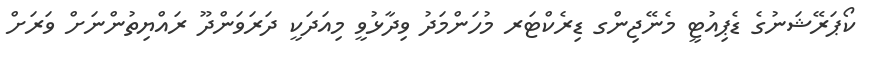
ކޯޕަރޭޝަނުގެ ޑެޕިއުޓީ މެނޭޖިންގ ޑިރެކްޓަރ މުހަންމަދު ވިދާޅުވީ މިއަދަކީ ދަރަވަންދޫ ރައްޔިތުންނަށް ވަރަށް